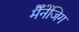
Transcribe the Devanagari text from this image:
मैँनेंजिग